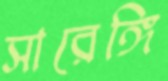
সারেঙ্গি